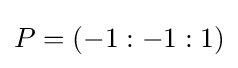
P=(-1:-1:1)